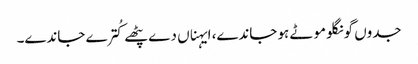
جدوں گونگلو موٹے ہو جاندے، ایہناں دے پٹھے کُترے جاندے۔